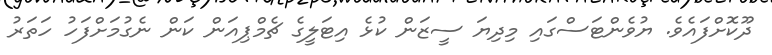
ދޫކޮށްފައެވެ. ޔުވެންޓަސްގައި މިދިޔަ ސީޒަން ކުޅެ އިޓަލީގެ ޗެމްޕިއަން ކަން ނެގުމަށްފަހު ހަތަރު